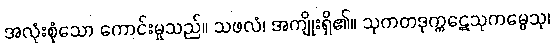
အလုံးစုံသော ကောင်းမှုသည်။ သဖလံ၊ အကျိုးရှိ၏။ သုကတဒုက္ကဋေသုကမ္မေသု၊